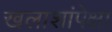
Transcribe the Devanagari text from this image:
खलाशांपेक्षा